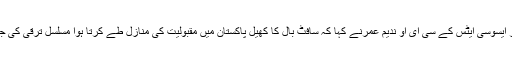
اس موقع پر عمر ایسوسی ایٹس کے سی ای او ندیم عمرنے کہا کہ سافٹ بال کا کھیل پاکستان میں مقبولیت کی منازل طے کرتا ہوا مسلسل ترقی کی جانب گامزن ہے۔